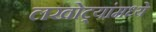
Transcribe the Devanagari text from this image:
लखोट्यांमध्ये